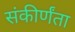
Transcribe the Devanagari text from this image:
संकीर्णंता